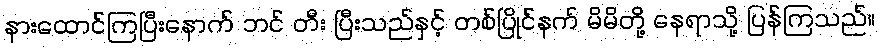
နားထောင်ကြပြီးနောက် ဘင် တီး ပြီးသည်နှင့် တစ်ပြိုင်နက် မိမိတို့ နေရာသို့ ပြန်ကြသည်။